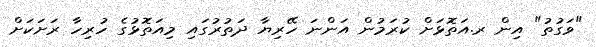
"ވަގުތު" އިން ރ.އަތޮޅަށް ކުރަމުން އަންނަ ހޭރިޔާ ދަތުރުގައި މިއަތޮޅުގެ ހުރިހާ ރަށަކަށް